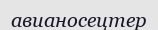
авианосецтер